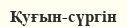
Қуғын-сүргін